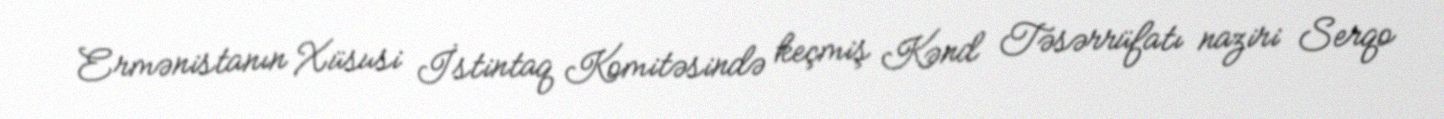
Ermənistanın Xüsusi İstintaq Komitəsində keçmiş Kənd Təsərrüfatı naziri Serqo